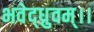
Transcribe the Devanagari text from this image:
भवेद्ध्रुवम्।।